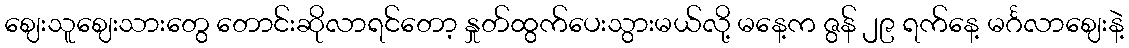
ဈေးသူဈေးသားတွေ တောင်းဆိုလာရင်တော့ နှုတ်ထွက်ပေးသွားမယ်လို့ မနေ့က ဇွန် ၂၉ ရက်နေ့ မင်္ဂလာဈေးနဲ့